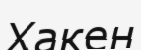
Хакен